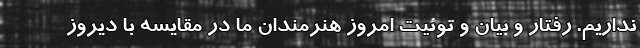
نداریم. رفتار و بیان و توئیت امروز هنرمندان ما در مقایسه با دیروز